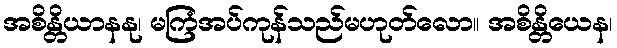
အစိန္တိယာနနု၊ မကြံအပ်ကုန်သည်မဟုတ်လော။ အစိန္တိယေန၊